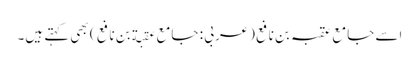
اسے جامع عقبہ بن نافع (عربی : جامع عقبة بن نافع ) بھی کہتے ہیں۔